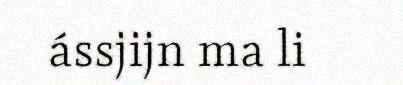
ássjijn ma li